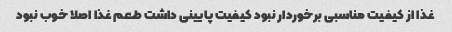
غذا از کیفیت مناسبی برخوردار نبود کیفیت پایینی داشت طعم غذا اصلا خوب نبود